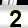
Digit: 2